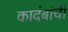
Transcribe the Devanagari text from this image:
कादंबांची